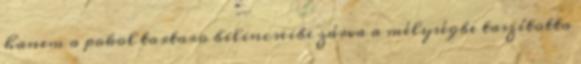
hanem a pokol tartaro bilincseibe zárva a mélységbe taszította